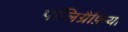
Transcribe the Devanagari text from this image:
पॉलिग्रैफ़िया